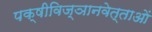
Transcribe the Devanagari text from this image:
पक्षीविज्ञानवेत्ताओं